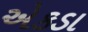
એકડા